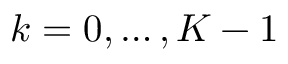
k = 0 , \ldots , K - 1